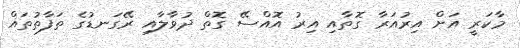
މާކަރީ އަށް އިރުއަރާ ގޮތާއި އިރު އޮއްސޭ ގޮތް ދުވާލާއި ރޭގަނޑުގެ ތަފާތުތައް